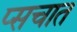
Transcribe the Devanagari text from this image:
प्सचात